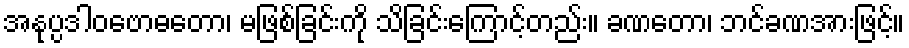
အနုပ္ပဒါဝဗောဓတော၊ မဖြစ်ခြင်းကို သိခြင်းကြောင့်တည်း။ ခဏတော၊ ဘင်ခဏအားဖြင့်။